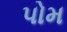
પોમ